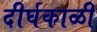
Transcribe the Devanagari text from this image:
दीर्घकाळी